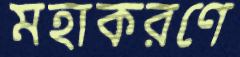
মহাকরণে